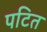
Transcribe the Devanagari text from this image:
पटित